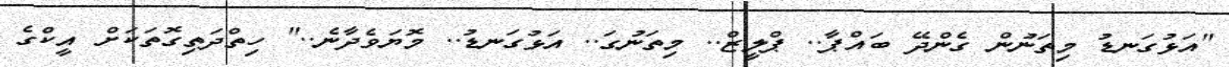
"އަޅުގަނޑު މިތަނުން ގެންދޭ ބައްޕާ.. ޕްލީޒް.. މިތަނުގަ.. އަޅުގަނޑު.. މޮޔަވެދާނެ.." ހިތްދަތިގޮތަކަށް އީކްގެ